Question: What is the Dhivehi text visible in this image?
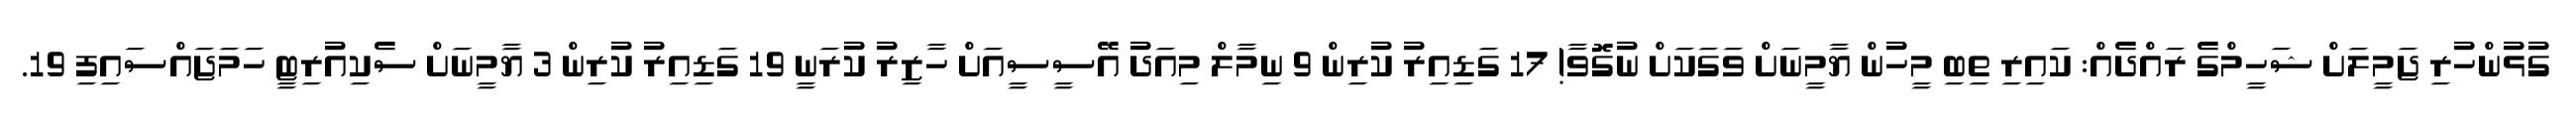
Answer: ގުޅުންހުރި ޖަމީލަށް ޝަހީމްގެ ރައްދެއް: ކައިރި ތިބި މީހުން ޔާމީނަށް ވަގަކަށް ނުގޮވާ! 17 ގަޑިއިރު ކުރިން 9 ނިމާލް މިއަދު އޭސީސީއަށް ހާޒިރު ކުރަނީ 19 ގަޑިއިރު ކުރިން 3 ޔާމީނަށް ސެކިއުރިޓީ ހަމަޖައްސައިފި 19.